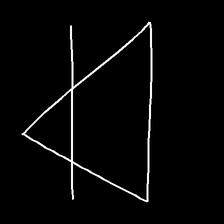
Glyph: empower